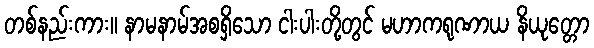
တစ်နည်းကား။ နာမနာမ်အစရှိသော ငါးပါးတို့တွင် မဟာကရုဏာယ နိယုတ္တော